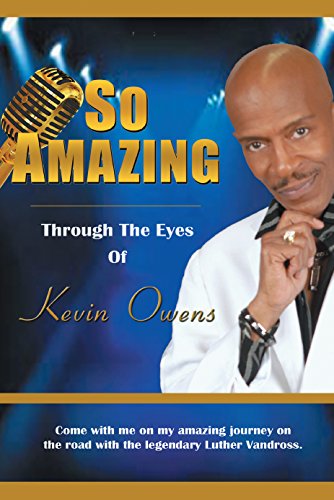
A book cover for So Amazing Through The Eyes Of Kevin Owens; Kevin Owens; Business & Money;